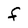
Character: F